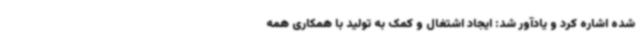
شده اشاره کرد و یادآور شد: ایجاد اشتغال و کمک به تولید با همکاری همه